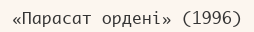
«Парасат ордені» (1996)